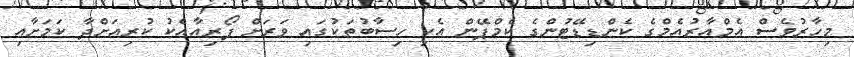
މިހާރުވެސް އެމްއާރުއެމްގެ ކެންޑިޑޭޓުންގެ ކެމްޕޭން އެކި ހިސާބުތަކުގައި ވަރަށް ފޯރިއާއެކު ކުރިއަށްދާ ކަމަށާއި